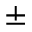
±